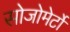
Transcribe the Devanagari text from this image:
सोजोमेर्टो